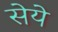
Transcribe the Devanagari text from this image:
सेये